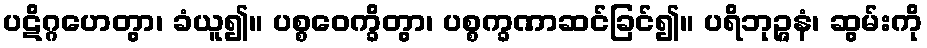
ပဋိဂ္ဂဟေတွာ၊ ခံယူ၍။ ပစ္စဝေက္ခိတွာ၊ ပစ္စက္ခဏာဆင်ခြင်၍။ ပရိဘုဉ္ဇနံ၊ ဆွမ်းကို